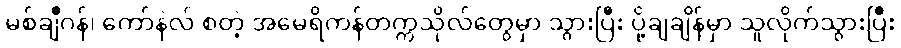
မစ်ချီဂန်၊ ကော်နဲလ် စတဲ့ အမေရိကန်တက္ကသိုလ်တွေမှာ သွားပြီး ပို့ချချိန်မှာ သူလိုက်သွားပြီး